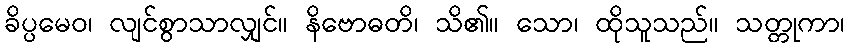
ခိပ္ပမေဝ၊ လျင်စွာသာလျှင်။ နိဗောဓတိ၊ သိ၏။ သော၊ ထိုသူသည်။ သတ္တုကာ၊